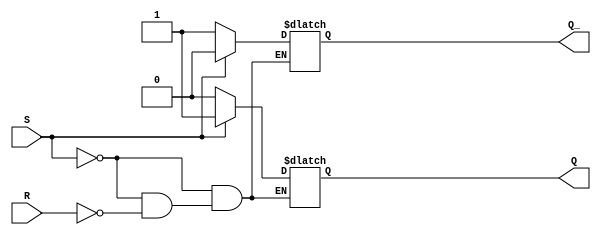
module sr_latch(
    input S,
    input R,
    output reg Q,
    output reg Q_
);

always @(S, R) begin
    if(S) begin
        Q = 1;
        Q_ = 0;
    end else if(R) begin
        Q = 0;
        Q_ = 1;
    end
end

endmodule